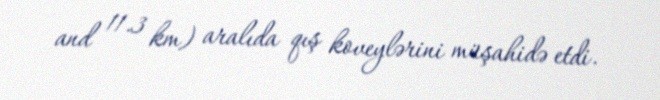
and 11.3 km) aralıda qış koveylərini müşahidə etdi.